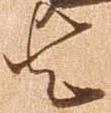
者